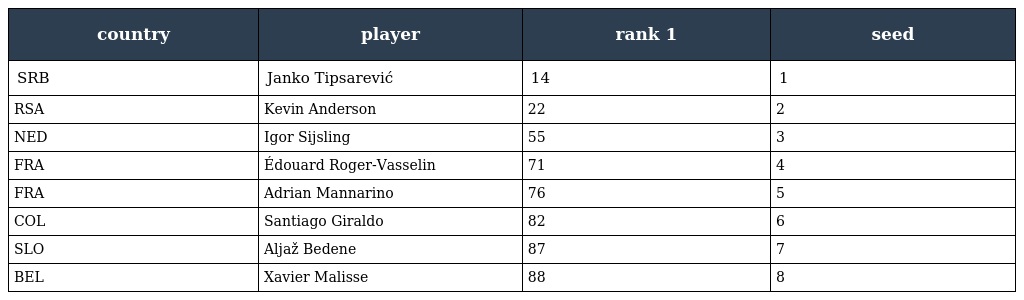
| country | player | rank 1 | seed |
 | --- | --- | --- | --- |
 | SRB | Janko Tipsarević | 14 | 1 |
 | RSA | Kevin Anderson | 22 | 2 |
 | NED | Igor Sijsling | 55 | 3 |
 | FRA | Édouard Roger-Vasselin | 71 | 4 |
 | FRA | Adrian Mannarino | 76 | 5 |
 | COL | Santiago Giraldo | 82 | 6 |
 | SLO | Aljaž Bedene | 87 | 7 |
 | BEL | Xavier Malisse | 88 | 8 |